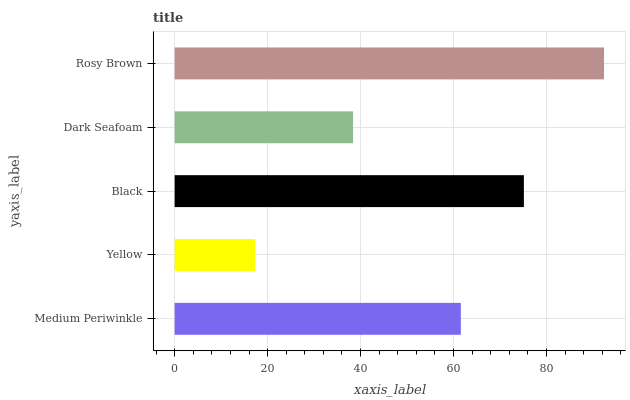
| yaxis_label | bars |
 | --- | --- |
 | Medium Periwinkle | 61.6 |
 | Yellow | 17.3 |
 | Black | 75.1 |
 | Dark Seafoam | 38.4 |
 | Rosy Brown | 92.4 |